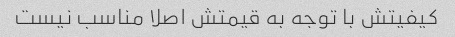
کیفیتش با توجه به قیمتش اصلا مناسب نیست